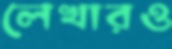
লেখারও